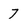
Character: 7